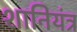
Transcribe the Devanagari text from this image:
शानियंत्र